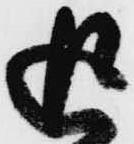
追